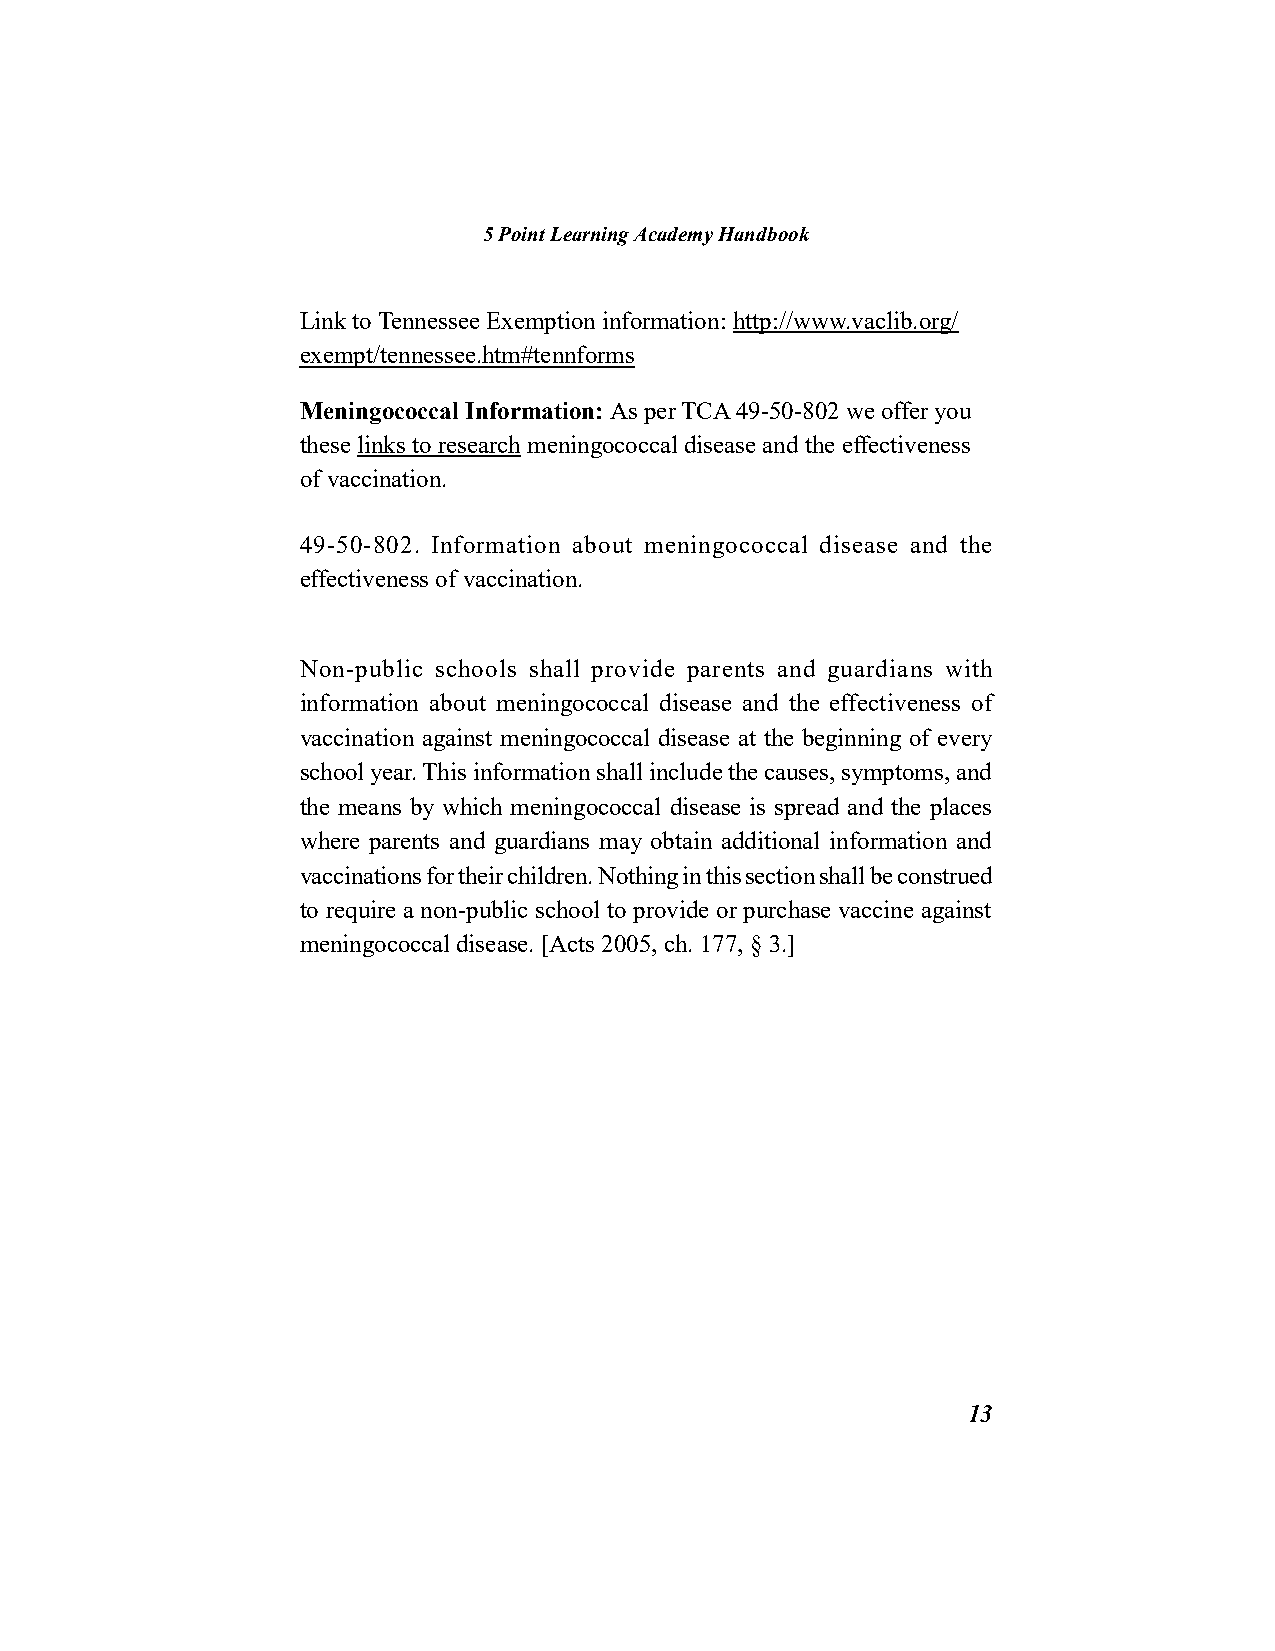
5 Point Learning Academy Handbook
 Link to Tennessee Exemption information: http://www.vaclib.org/
 exempt/tennessee.htm#tennforms
 Meningococcal Information: As per TCA 49-50-802 we offer you
 these links to research meningococcal disease and the effectiveness
 of vaccination.
 49-50-802. Information about meningococcal disease and the
 effectiveness of vaccination.
 Non-public schools shall provide parents and guardians with
 information about meningococcal disease and the effectiveness of
 vaccination against meningococcal disease at the beginning of every
 school year. This information shall include the causes, symptoms, and
 the means by which meningococcal disease is spread and the places
 where parents and guardians may obtain additional information and
 vaccinations for their children. Nothing in this section shall be construed
 to require a non-public school to provide or purchase vaccine against
 meningococcal disease. [Acts 2005, ch. 177, § 3.]
 13